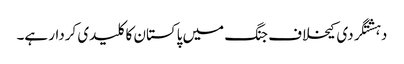
دہشتگردی کیخلاف جنگ میں پاکستان کا کلیدی کردار ہے۔